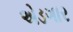
એડગાર